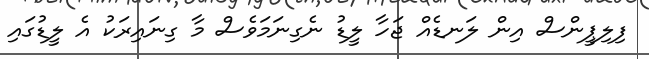
ފިލިޕީންސް އިން ލަނޑެއް ޖަހާ ލީޑު ނެގިނަމަވެސް މާ ގިނައިރަކު އެ ލީޑުގައި